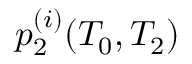
p _ { 2 } ^ { ( i ) } ( T _ { 0 } , T _ { 2 } )